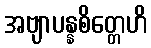
အဗျာပန္နစိတ္တေဟိ